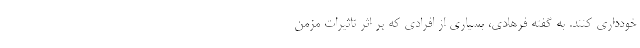
خودداری کنند. به گفته فرهادی، بسیاری از افرادی که بر اثر تاثیرات مزمن